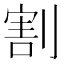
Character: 割